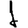
Digit: 1